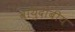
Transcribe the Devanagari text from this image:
वायुदाबीय